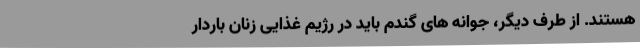
هستند. از طرف دیگر، جوانه های گندم باید در رژیم غذایی زنان باردار